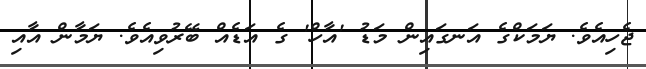
ޖެހިއެވެ. ޔަމަކްގެ އަނގައިން މަޑު 'އާހް' ގެ އަޑެއް ބޭރުވިއެވެ. ޔަމާން އާއި